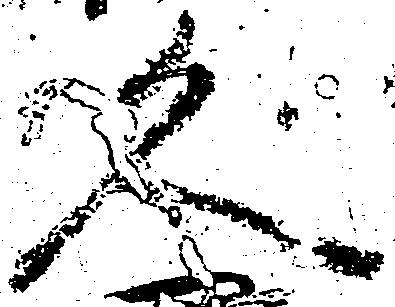
久